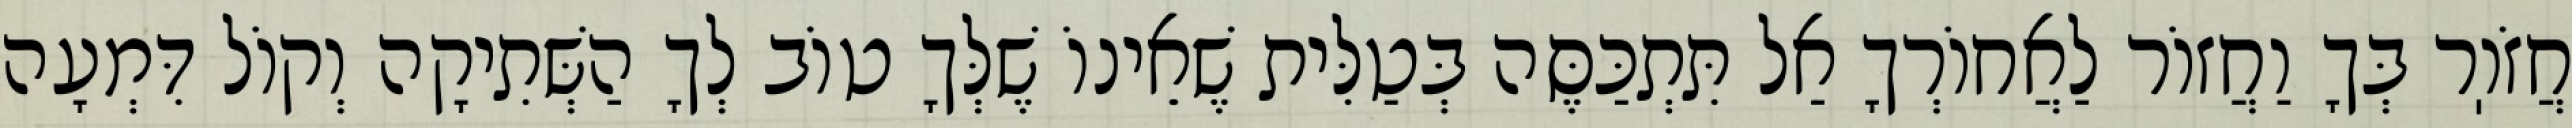
חֲזֹוֽר בְּךָ וַחֲזוֹר לַאֲחוֹרְךָ אַל תִּתְכַּסֶּה בְּטַלִּית שֶׁאֵינוֹ שֶׁלְּךָ טוֹב לְךָ הַשְּׁתִיקָה וְקוֹל דִּמְעָה